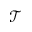
\mathcal { T }